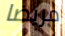
مريضا